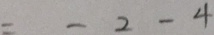
= - 2 - 4